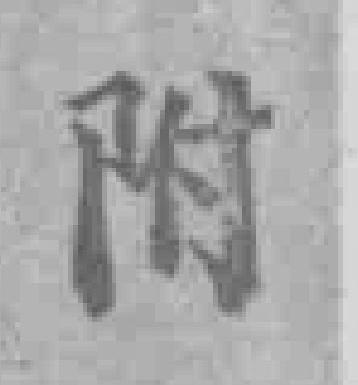
附